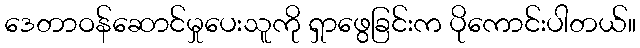
ဒေတာဝန်ဆောင်မှုပေးသူကို ရှာဖွေခြင်းက ပိုကောင်းပါတယ်။